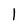
Character: 1